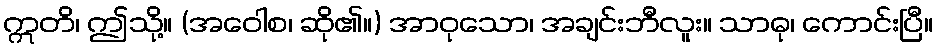
ဣတိ၊ ဤသို့။ (အဝေါစ၊ ဆို၏။) အာဝုသော၊ အချင်းဘီလူး။ သာဓု၊ ကောင်းပြီ။